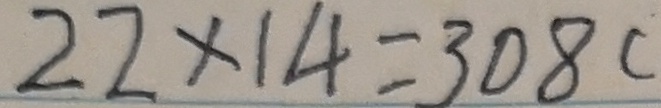
2 2 \times 1 4 = 3 0 8 c